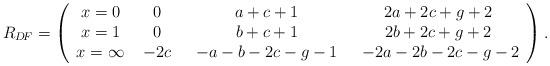
LaTeX: \begin{align*} R_{D\!F}=\left( \begin{array}{cccc} x=0 & 0&a+c+1&2a+2c+g+2\\ x=1 & 0&b+c+1&2b+2c+g+2\\ x=\infty&\ -2c\ &\ -a-b-2c-g-1\ &\ -2a-2b-2c-g-2\end{array} \right).\end{align*}